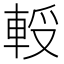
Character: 𨋻